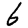
Digit: 6